Civil Veterinary Department Bihar reports 1936-40 - 1936-1940
Year: 1936
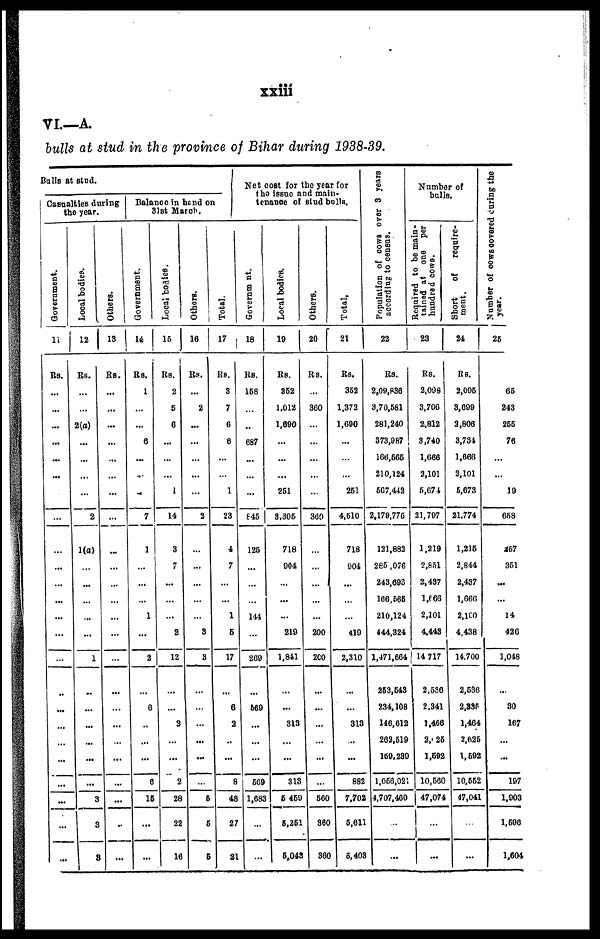
xxiii
VI.—A.
bulls at stud in the province of Bihar during 1938-39.
Bulls at stud.
Casualties during
the year.
Government.
11
Rs.
...
...
...
...
...
...
...
...
...
...
...
...
...
...
...
...
...
...
...
...
...
...
...
...
Local bodies.
12
Rs.
...
...
2(a)
...
...
...
...
2
1(a)
...
...
...
...
...
1
...
...
...
...
...
...
3
3
3
Others.
13
Rs.
...
...
...
...
...
...
...
...
...
...
...
...
...
...
...
...
...
...
...
...
...
...
..
...
Balance in hand on
31st March.
Government.
14
Rs.
1
...
...
6
...
...
...
7
1
...
...
...
1
...
2
...
6
...
...
...
6
15
...
...
Local bodies.
15
Rs.
2
5
6
...
...
...
1
14
3
7
...
...
...
2
12
...
...
2
...
...
2
28
22
16
Others.
16
Rs.
...
2
...
...
...
...
...
2
...
...
...
...
...
3
3
...
...
...
...
...
...
5
5
5
Total.
17
Rs.
3
7
6
6
...
...
1
23
4
7
...
...
1
5
17
...
6
2
..
...
8
48
27
21
Net cost for the year for
the issue and main-
tenance of stud bulls.
Government.
18
Rs.
158
...
...
687
...
...
...
845
125
...
...
...
144
...
260
...
569
...
...
...
569
1,683
...
...
Local bodies.
19
Rs.
352
1.012
1,690
...
...
...
251
3,305
718
904
...
...
...
219
1,841
...
...
313
...
...
313
5 459
5,251
5,043
Others.
20
Rs.
...
360
...
...
...
...
...
360
...
...
...
...
...
200
200
...
...
...
...
...
...
560
360
360
Total,
21
Rs.
352
1,372
1,690
...
...
...
251
4,510
718
904
...
...
...
419
2,310
...
...
313
...
...
882
7,702
5,611
5,403
Population of cows over 3 years
according to census.
22
Rs.
2,09,836
3,70,581
281,240
373,987
166,565
210,124
567,442
2,179,775
121,882
285 ,076
243,693
166,666
210,124
444,324
1,471,664
253,543
234,108
146,612
262,519
169,239
1,056,021
4,707,460
...
...
Number of
bulls.
Required
to be main-
tained at one per
hundred cows.
23
Rs.
2,008
3,706
2,812
3,740
1,666
2,101
5,674
21,797
1,219
2,851
2,437
1,666
2,101
4.443
14 717
2,536
2,341
1.466
2,825
1,692
10,560
47,074
...
...
Short of
require-
ment.
24
Rs.
2,095
3,699
2,806
3,734
1,666
2,101
5,673
21,774
1,215
2,844
2,437
1,666
2,100
4,438
14,700
2,536
2,335
1,464
2,625
1,592
10,552
47,041
...
...
Number of cows covered during the
year.
25
65
243
255
76
...
...
19
658
257
351
...
...
14
426
1,048
...
30
167
...
...
197
1,903
1,596
1,604